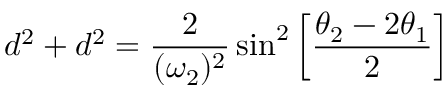
d ^ { 2 } + d ^ { 2 } = { \frac { 2 } { ( \omega _ { 2 } ) ^ { 2 } } } \sin ^ { 2 } \left[ { \frac { \theta _ { 2 } - 2 \theta _ { 1 } } { 2 } } \right]